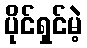
ပိုင်ရှင်မဲ့